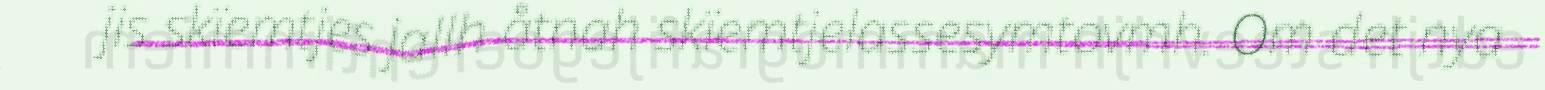
jis skïemtjes jallh åtnah skïemtjelassesymtovmh. Om det nya